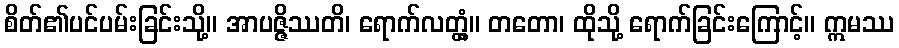
စိတ်၏ပင်ပမ်းခြင်းသို့။ အာပဇ္ဇိဿတိ၊ ရောက်လတ္တံ့။ တတော၊ ထိုသို့ ရောက်ခြင်းကြောင့်။ ဣမဿ